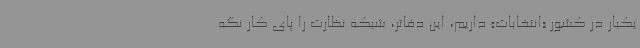
یکبار در کشور «انتخابات» داریم، این دفاتر، شبکه نظارت را پای کار نگه